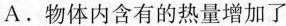
A.物体内含有的热量增加了